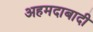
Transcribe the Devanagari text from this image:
अहमदाबादी